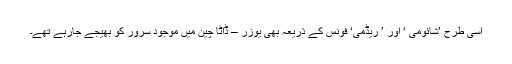
اسی طرح ’شائومی ‘ اور ’ ریڈمی‘ فونس کے ذریعہ بھی یوزر – ڈاٹا چین میں موجود سرور کو بھیجے جارہے تھے۔